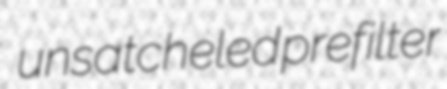
unsatcheled prefilter